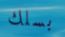
بسلك